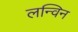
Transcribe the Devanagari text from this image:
लन्विन